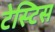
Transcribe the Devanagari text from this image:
टेस्टिस